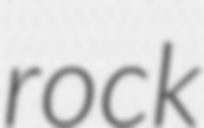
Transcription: rock